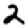
Digit: 2